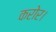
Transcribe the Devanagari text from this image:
करोर।